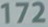
172